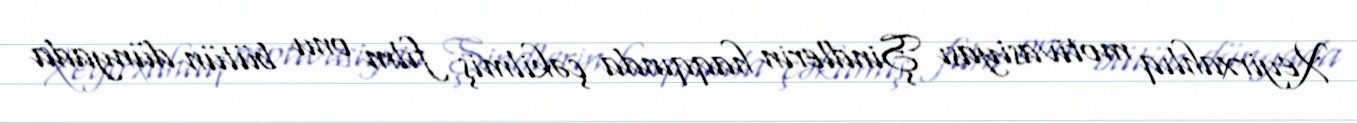
Xeyirxahlıq motivasiyası Şindlerin haqqında çəkilmiş film onu bütün dünyada